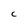
Character: C